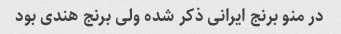
در منو برنج ایرانی ذکر شده ولی برنج هندی بود